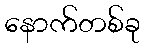
နောက်တစ်ခု